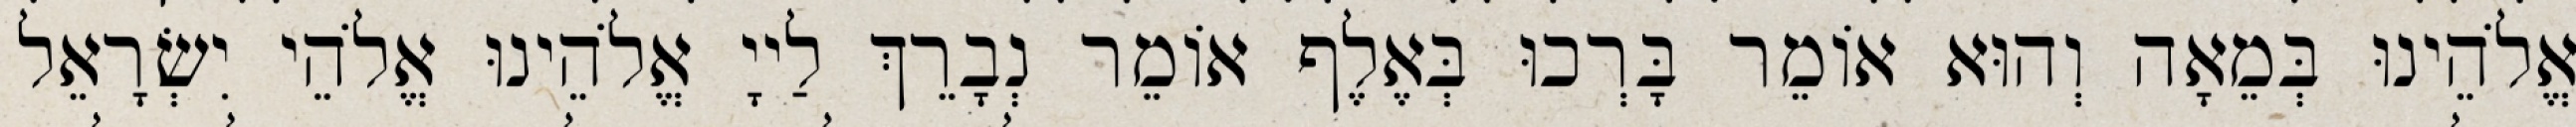
אֱלֹהֵינוּ בְּמֵאָה וְהוּא אוֹמֵר בָּרְכוּ בְּאֶלֶף אוֹמֵר נְבָרֵךְ לַייָ אֱלֹהֵינוּ אֱלֹהֵי יִשְׂרָאֵל